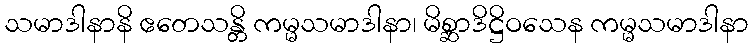
သမာဒါနာနိ ဧတေသန္တိ ကမ္မသမာဒါနာ၊ မိစ္ဆာဒိဋ္ဌိဝသေန ကမ္မသမာဒါနာ